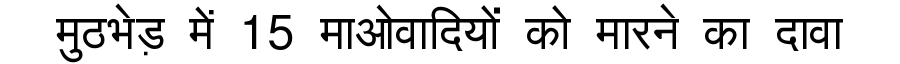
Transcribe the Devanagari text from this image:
मुठभेड़ में 15 माओवादियों को मारने का दावा